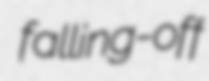
falling-off